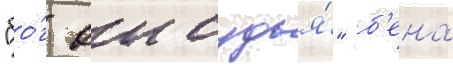
"бо́г еи судья́" б'ена